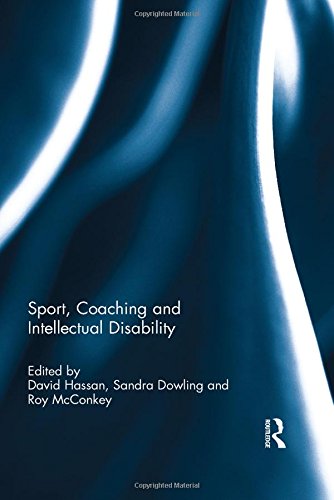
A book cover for Sport, Coaching and Intellectual Disability; Sports & Outdoors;